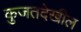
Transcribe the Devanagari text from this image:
कुजतदेखील